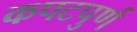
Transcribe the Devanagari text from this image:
कपटपुर्ण